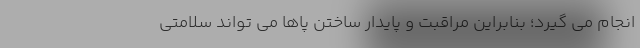
انجام می گیرد؛ بنابراین مراقبت و پایدار ساختن پاها می تواند سلامتی